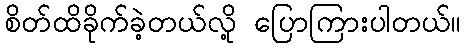
စိတ်ထိခိုက်ခဲ့တယ်လို့ ပြောကြားပါတယ်။